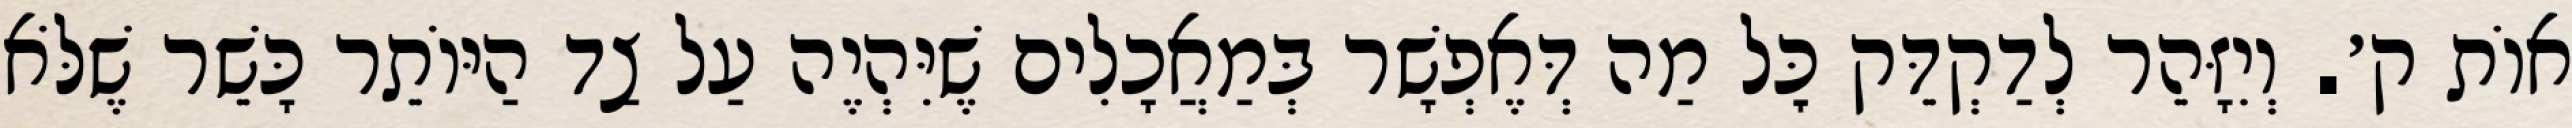
אוֹת ק׳. וְיִזָּהֵר לְדַקְדֵּק כׇּל מַה דְּאֶפְשָׁר בְּמַאֲכָלִים שֶׁיִּהְיֶה עַל צַד הַיּוֹתֵר כָּשֵׁר שֶׁלֹּא